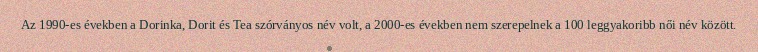
Az 1990-es években a Dorinka, Dorit és Tea szórványos név volt, a 2000-es években nem szerepelnek a 100 leggyakoribb női név között.